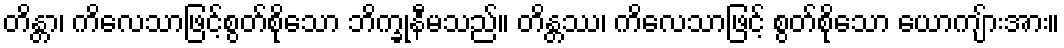
တိန္တာ၊ ကိလေသာဖြင့်စွတ်စိုသော ဘိက္ခုနီမသည်။ တိန္တဿ၊ ကိလေသာဖြင့် စွတ်စိုသော ယောကျ်ားအား။